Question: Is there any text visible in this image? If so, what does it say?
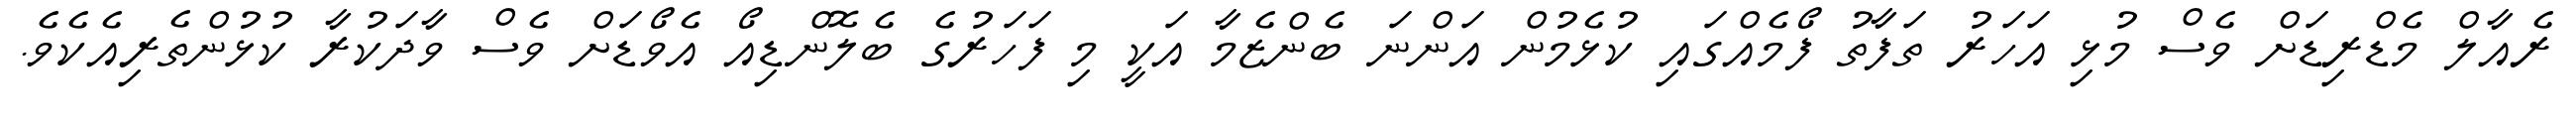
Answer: ރެއާލް މެޑްރިޑަށް ވެސް މުޅި އަހަރު ތަފާތު ފޯމެއްގައި ކުޅެމުން އަންނަ ބެންޒެމާ އަކީ މި ފަހަރުގެ ބެލޮންޑިއޯ އެވޯޑަށް ވެސް ވާދަކުރާ ކުޅުންތެރިއެކެވެ.